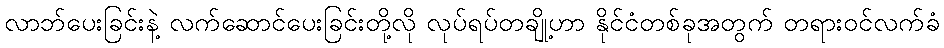
လာဘ်ပေးခြင်းနဲ့ လက်ဆောင်ပေးခြင်းတို့လို လုပ်ရပ်တချို့ဟာ နိုင်ငံတစ်ခုအတွက် တရားဝင်လက်ခံ